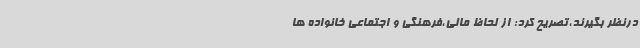
درنظر بگیرند،تصریح کرد: از لحاظ مالی،فرهنگی و اجتماعی خانواده ها